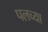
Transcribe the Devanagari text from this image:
पलच्या